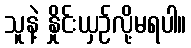
သူနဲ့ နှိုင်းယှဉ်လို့မရပါ။